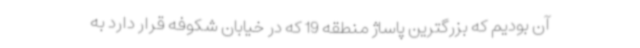
آن بودیم که بزرگترین پاساژ منطقه 19 که در خیابان شکوفه قرار دارد به